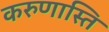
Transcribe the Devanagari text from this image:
करुणास्ति